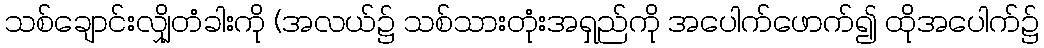
သစ်ချောင်းလျှိုတံခါးကို (အလယ်၌ သစ်သားတုံးအရှည်ကို အပေါက်ဖောက်၍ ထိုအပေါက်၌